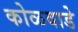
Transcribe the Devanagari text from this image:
कोळवाडे